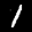
Label: 1